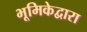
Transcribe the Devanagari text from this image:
भूमिकेद्वारा